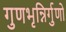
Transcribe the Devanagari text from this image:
गुणभृन्निर्गुणो